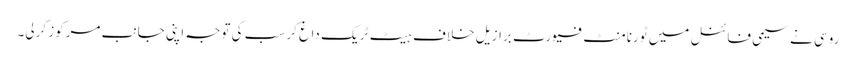
روسی نے سیمی فائنل میں ٹورنامنٹ فیورٹ برازیل خلاف ہیٹ ٹریک داغ کر سب کی توجہ اپنی جانب مرکوز کرلی۔